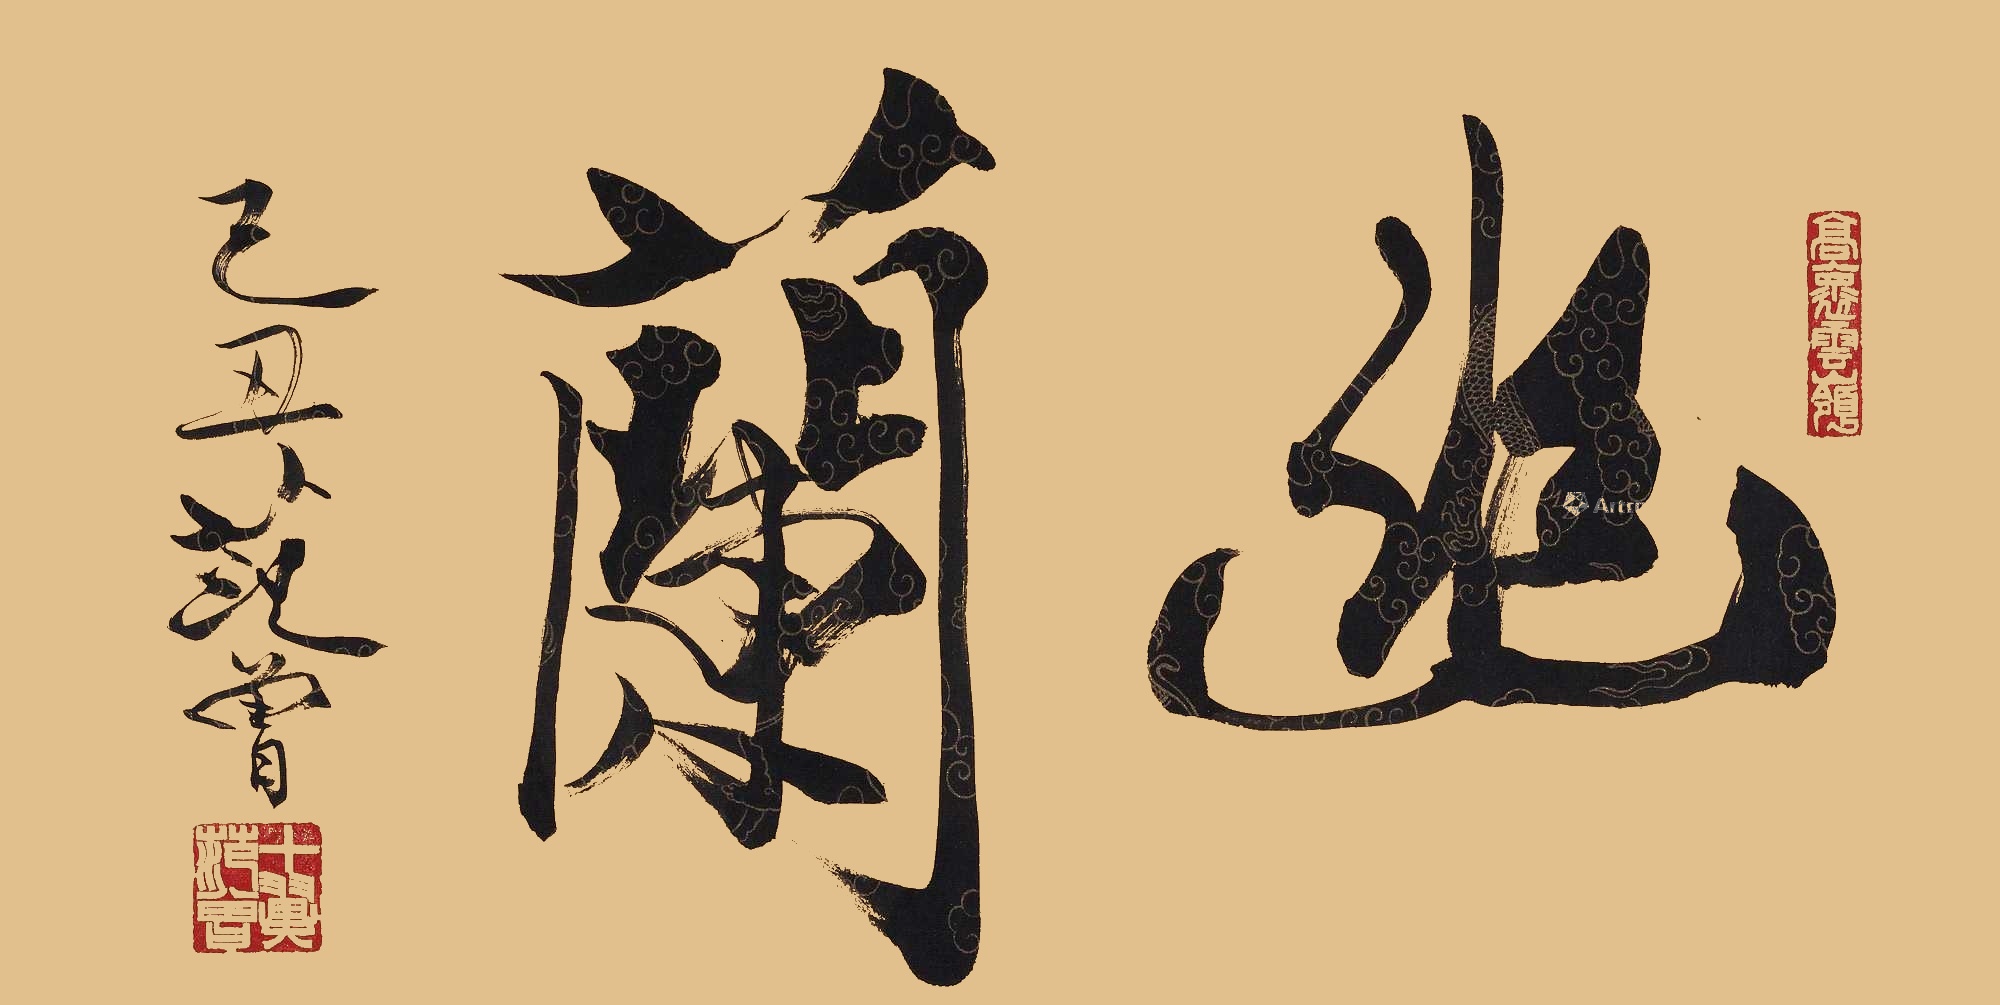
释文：幽兰。己丑范曾。